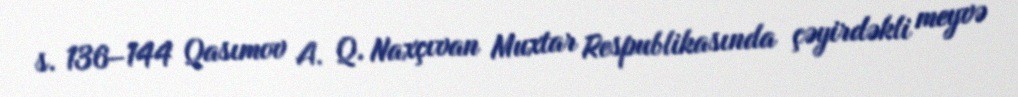
s. 136–144 Qasımov A. Q. Naxçıvan Muxtar Respublikasında çəyirdəkli meyvə